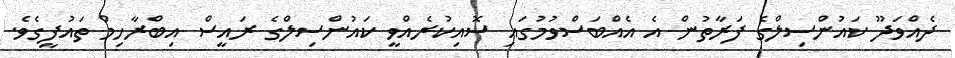
ދެއްވަދޫ ކައުންސިލްގެ ފަރާތުން އެ އެއްބަސްވުމުގައި ސޮއިކުރެއްވީ ކައުންސިލްގެ ރައީސް އިބްރާހިމް ތައުފީގެވެ.